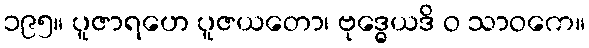
၁၉၅။ ပူဇာရဟေ ပူဇယတော၊ ဗုဒ္ဓေယဒိ ဝ သာဝကေ။